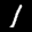
Label: 1